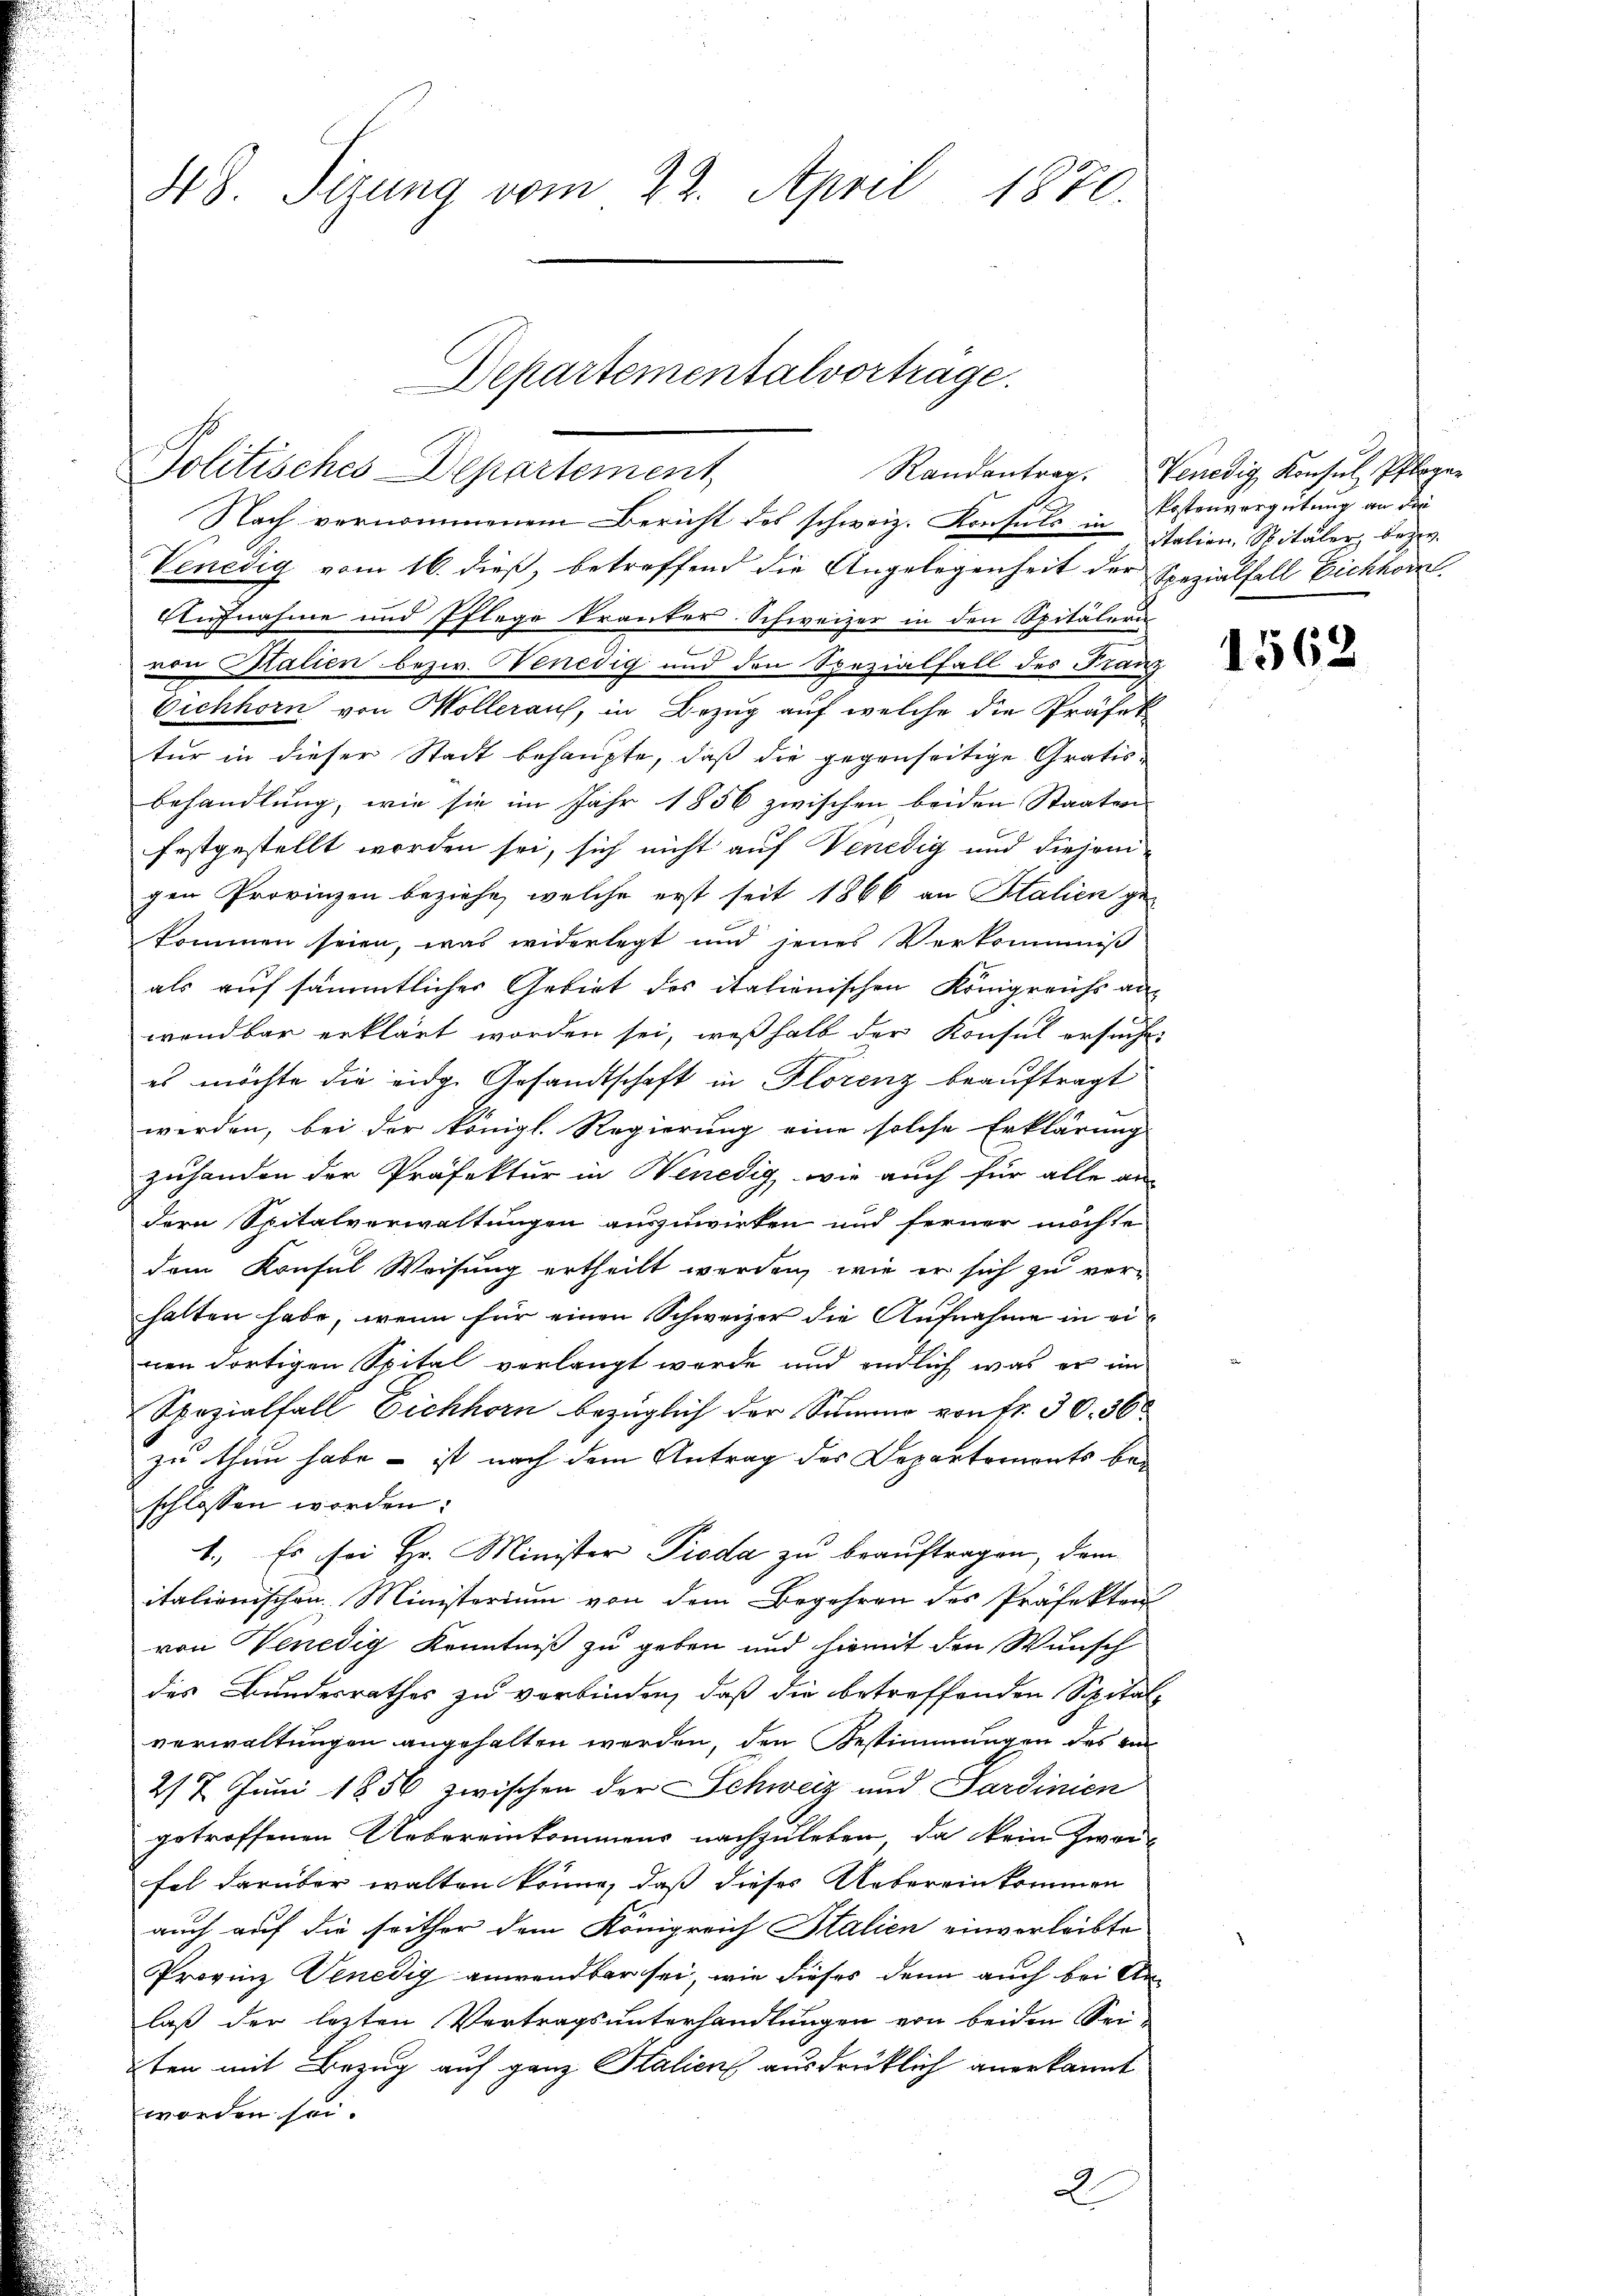
48. Sizung vom 22. April 1870.

Nach vernommenem Bericht des schweiz. Konsuls in
Venedig vom 16. dieß, betreffend die Angelegenheit der Spezialfall Eichhorn
Aufnahme und Pflege kranker Schweizer in den Spitälern
von Stalien bezw. Venedig und den Spezialfall des Franz
Eichhorn von Wollerauf, in Bezug auf welche die Präfek
tur in dieser Stadt behaupte, daß die gegenseitige Gratis.
behandlung, wie sie im Jahr 1856 zwischen beiden Staaten
festgestellt worden sei, sich nicht auf Venedig und diejeni-
gen Provinzen beziehe, welche erst seit 1866 an Stalien ge-
kommen seien, was widerlegt und jenes Verkommiß
als auf sämmtlicher Gebiet des italienischen Königreichs an-
wendbar erklärt worden sei, weßhalb der Konsul ersuche
es möchte die eidg. Gesandtschaft in Florenz beauftragt
werden, bei der königl. Regierung eine solche Erklärung
zuhanden der Präfektur in Venedig, wie auch für alle an-
dern Spitalverwaltungen auszuwirken und ferner möchte
dem Konsul Weisung ertheilt werden, wie er sich zu verhalten habe, wenn für einen Schweizer die Aufnahme in einen dortigen Spital verlangt werde und endlich was er in
Spezialfall Eichhorn bezüglich der Summe von fr. 30. 36
zu thun habe – ist nach dem Antrag des Departemonts bei
schlossen worden.
1., Es sei Hr. Minister Pioda zu beauftragen, dem
italienischen Ministerium von dem Begehren des Präfekten
von Venedig Kenntniß zu geben und hiemit den Wunsch
des Bundesrathes zu verbinden, daß die betreffenden Spital-
verwaltungen angehalten werden, den Bestimmungen des vo
2/7 Juni 1856 zwischen der Schweiz und Sardinien
getroffenen Uebereinkommens nachzuleben, da kein Zwei-
fol darüber walten könne, daß dieses Uebereinkommen
auch auf die seither dem Königreich Italien einverleibte
Provinz Venedig anwendbar sei, wie dieses denn auch bei Anlaß der lezten Vertragsunterhandlungen von beiden Sei-
2ten mit Bezug auf ganz Stalien ausdrüklich anerkannt
worden sei.
2

Departementalvorträge.
Pollischer Repartement

Randantrag. Venedig Konsul, Pfleger
Kostenvergütung an die
itation, Spitaler, bezw.

1562